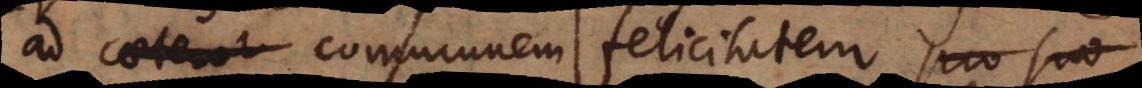
ad caeteror communem felicitatem pro suo